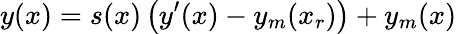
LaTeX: y(x)=s(x)\left(y^{\prime}(x)-y_{m}(x_{r})\right)+y_{m}(x)